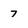
Character: 7